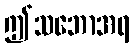
ဤသဘောအရ